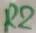
Text: R2